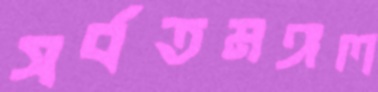
সর্বতমঙ্গল